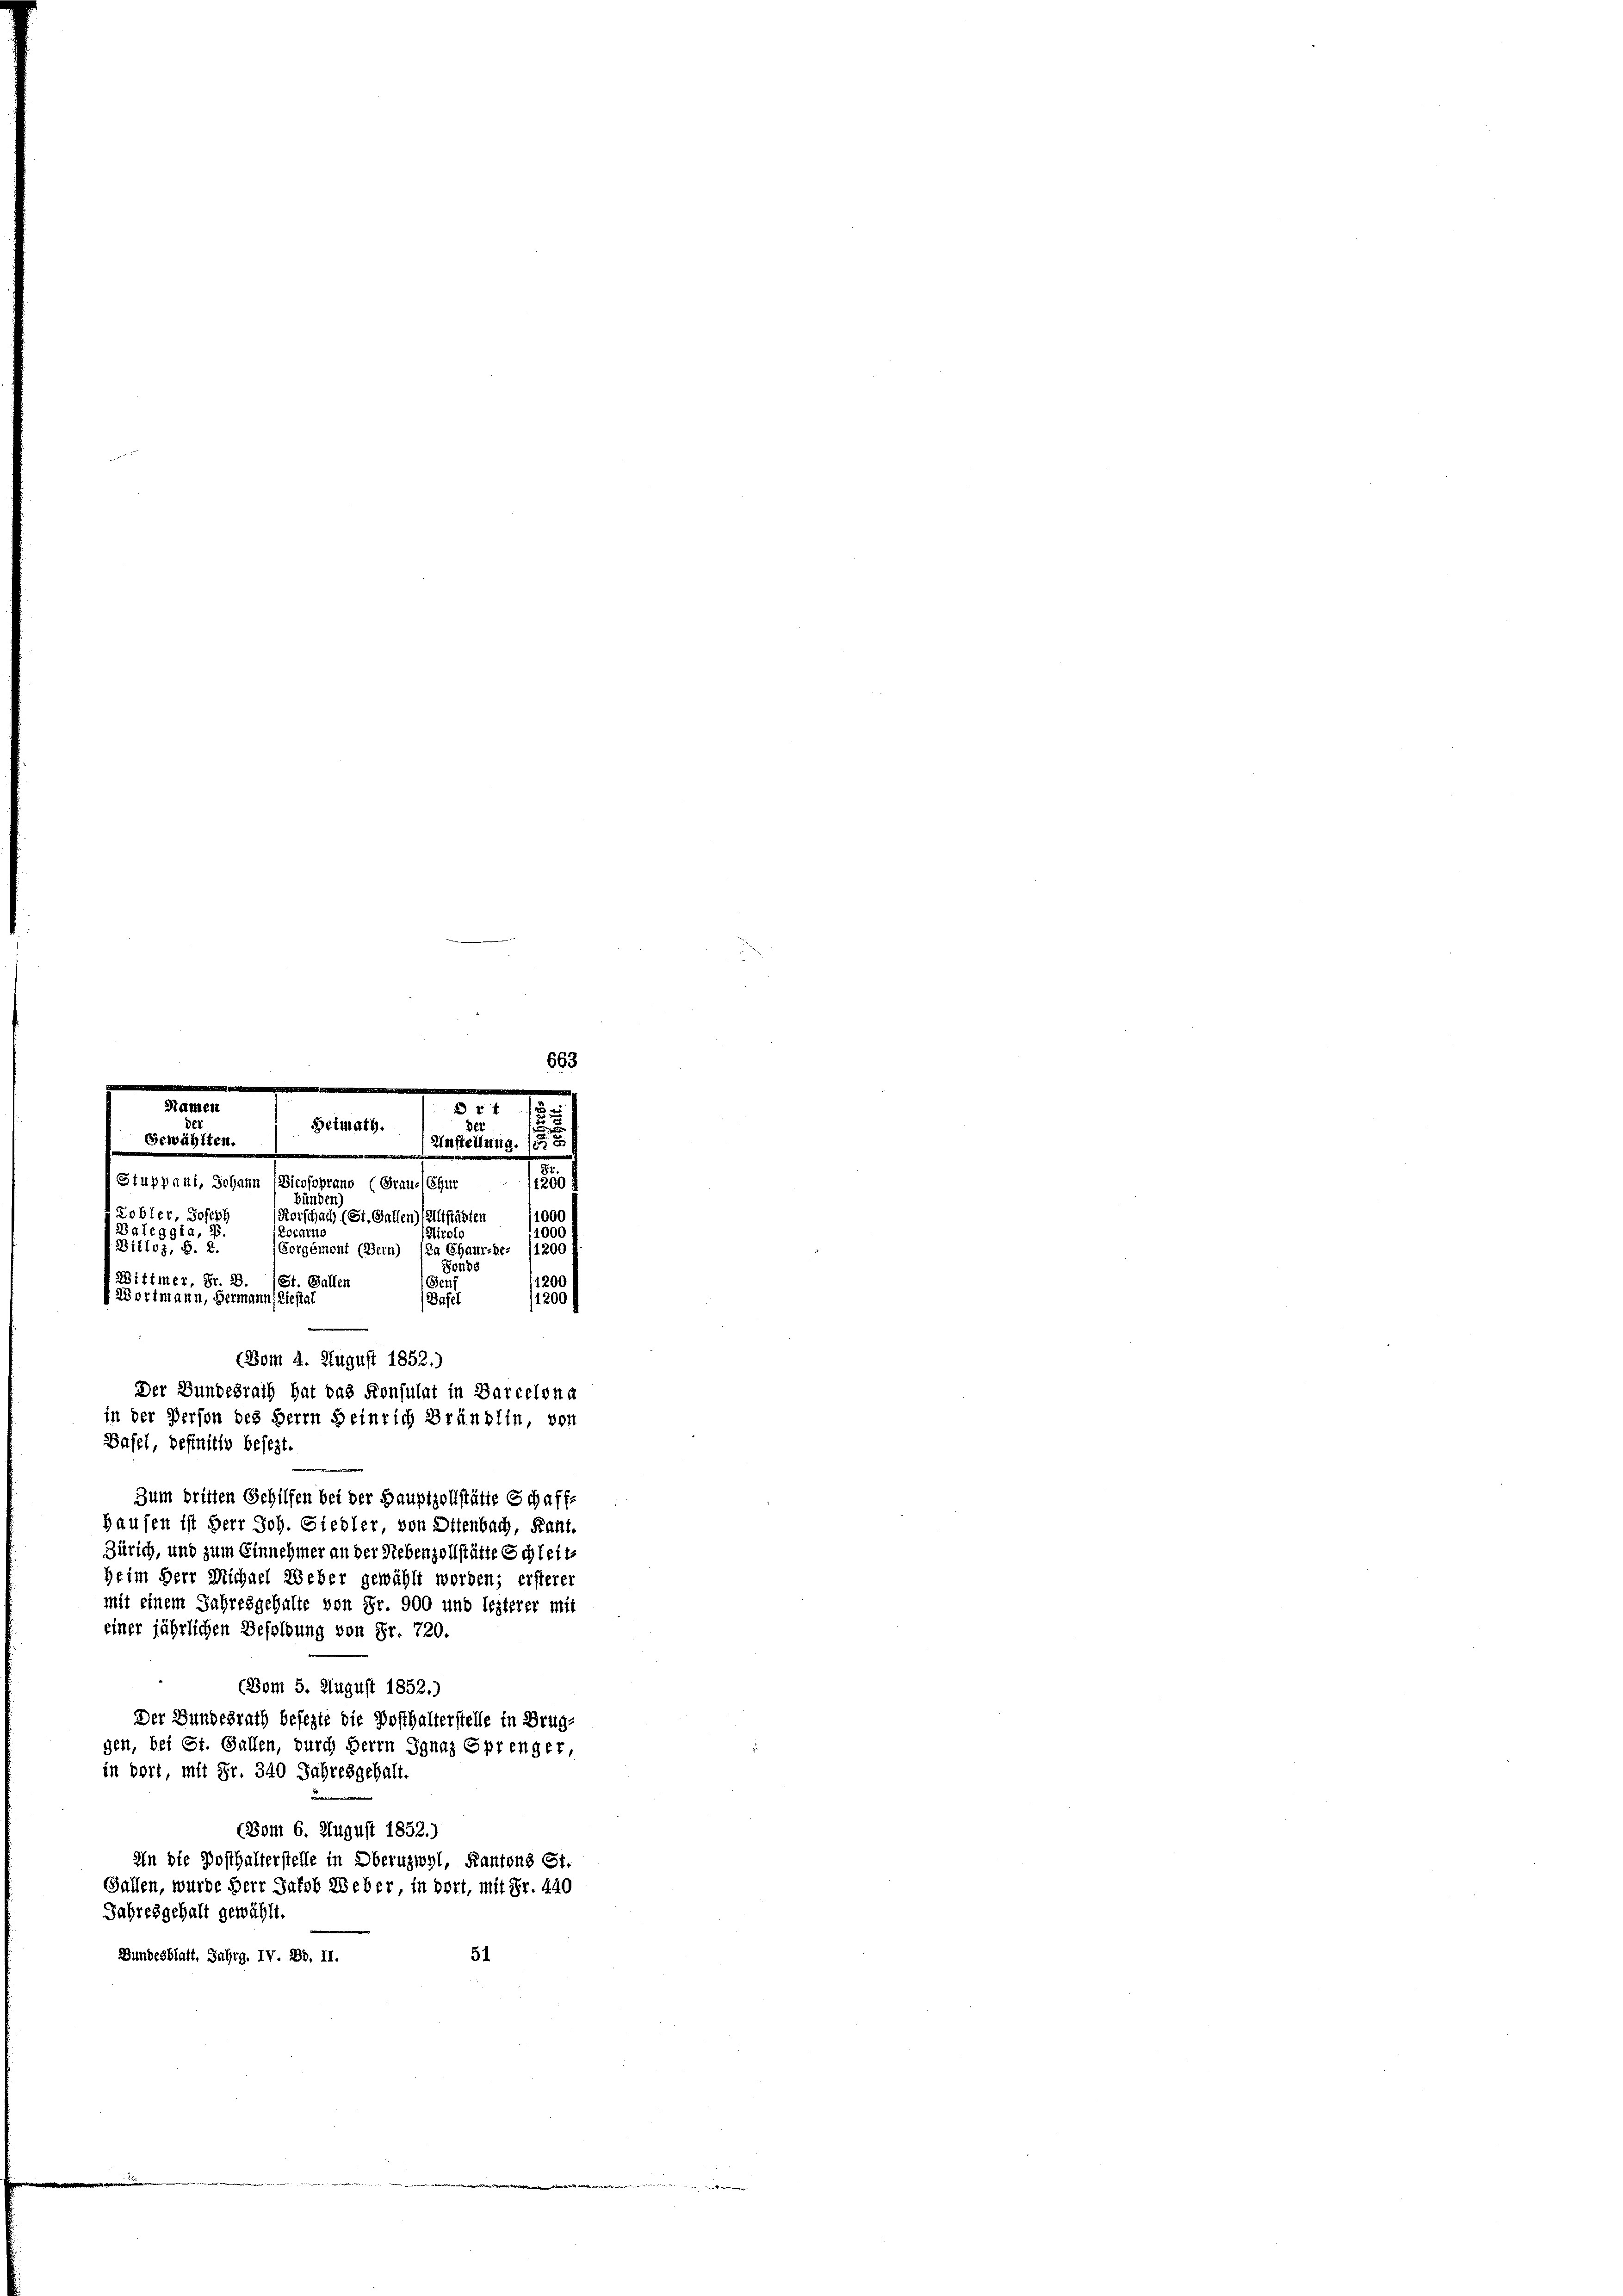
663

Stammen
5

de
Heimath.
Gewählten.
.

Basel, definitiv besezt.

Kerschach (St. Gallen) (Altstädten
Sorgement (Bern) In Chaurede. (1200 f

der

f
Stuppani, Johann Bicosoprano (Graue Chur
ünden)
1000
Kobler, Joseph
Locarno
Daleggia, J
1000
Hirolo
Billos, S. 2.
Fonds
Wittmer, Fr. 2. (St. Gallen
Benf
1200
 Wortmann, Hermann, Liestal
(Basel
(1200
(Bom 4. August 1852.)
Der Bundesrath hat das Konsulat in Barcelona
in der Person des Herrn Heinrich Brändlin, von
Zum dritten Gehilfen bei der Hauptzollstätte Schaff-
Hausen ist Herr Joh. Giedler, von Ottenbach, Kant.
Zürich, und zum Einnehmer an der Stebenzollstätte Schleit¬
Heim Herr Michael Weber gewählt worden; ersterer
mit einem Jahresgehalte von Fr. 900 und lezterer mit
einer jährlichen Besoldung von Fr. 720.
(Bom 5. August 1852.)
Der Bundesrath besezte die Posthalterstelle in Brug-
gen, bei St. Gallen, durch Herrn Ignaz Sprenger
in dort, mit Fr. 340 Jahresgehalt.
(Bom 6. August 1852.)
In die Posthalterstelle in Obernzwyl, Kantons St.
Gallen, wurde Herr Jakob Weber, in dort, mit Fr. 440
Jahresgehalt gewählt.
Bundesblatt, Jahrg. IV. Bd. II.
51

Anstellung.